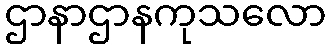
ဌာနာဌာနကုသလော